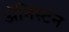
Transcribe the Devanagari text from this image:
ॲनिस्टन